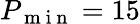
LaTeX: P_{\mathrm{~m~i~n~}}=15